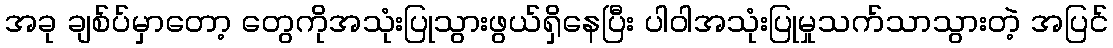
အခု ချစ်ပ်မှာတော့ တွေကိုအသုံးပြုသွားဖွယ်ရှိနေပြီး ပါဝါအသုံးပြုမှုသက်သာသွားတဲ့ အပြင်